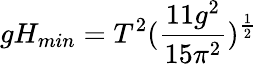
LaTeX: gH_{min}=T^{2}(\frac{11g^{2}}{15\pi^{2}})^{\frac{1}{2}}